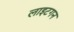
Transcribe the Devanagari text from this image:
लाइटगन